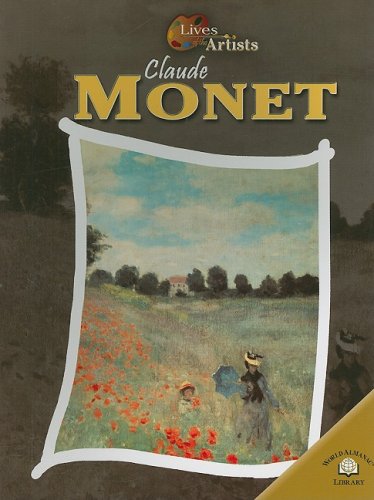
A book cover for Claude Monet (Lives of the Artists); Sean Connolly; Teen & Young Adult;